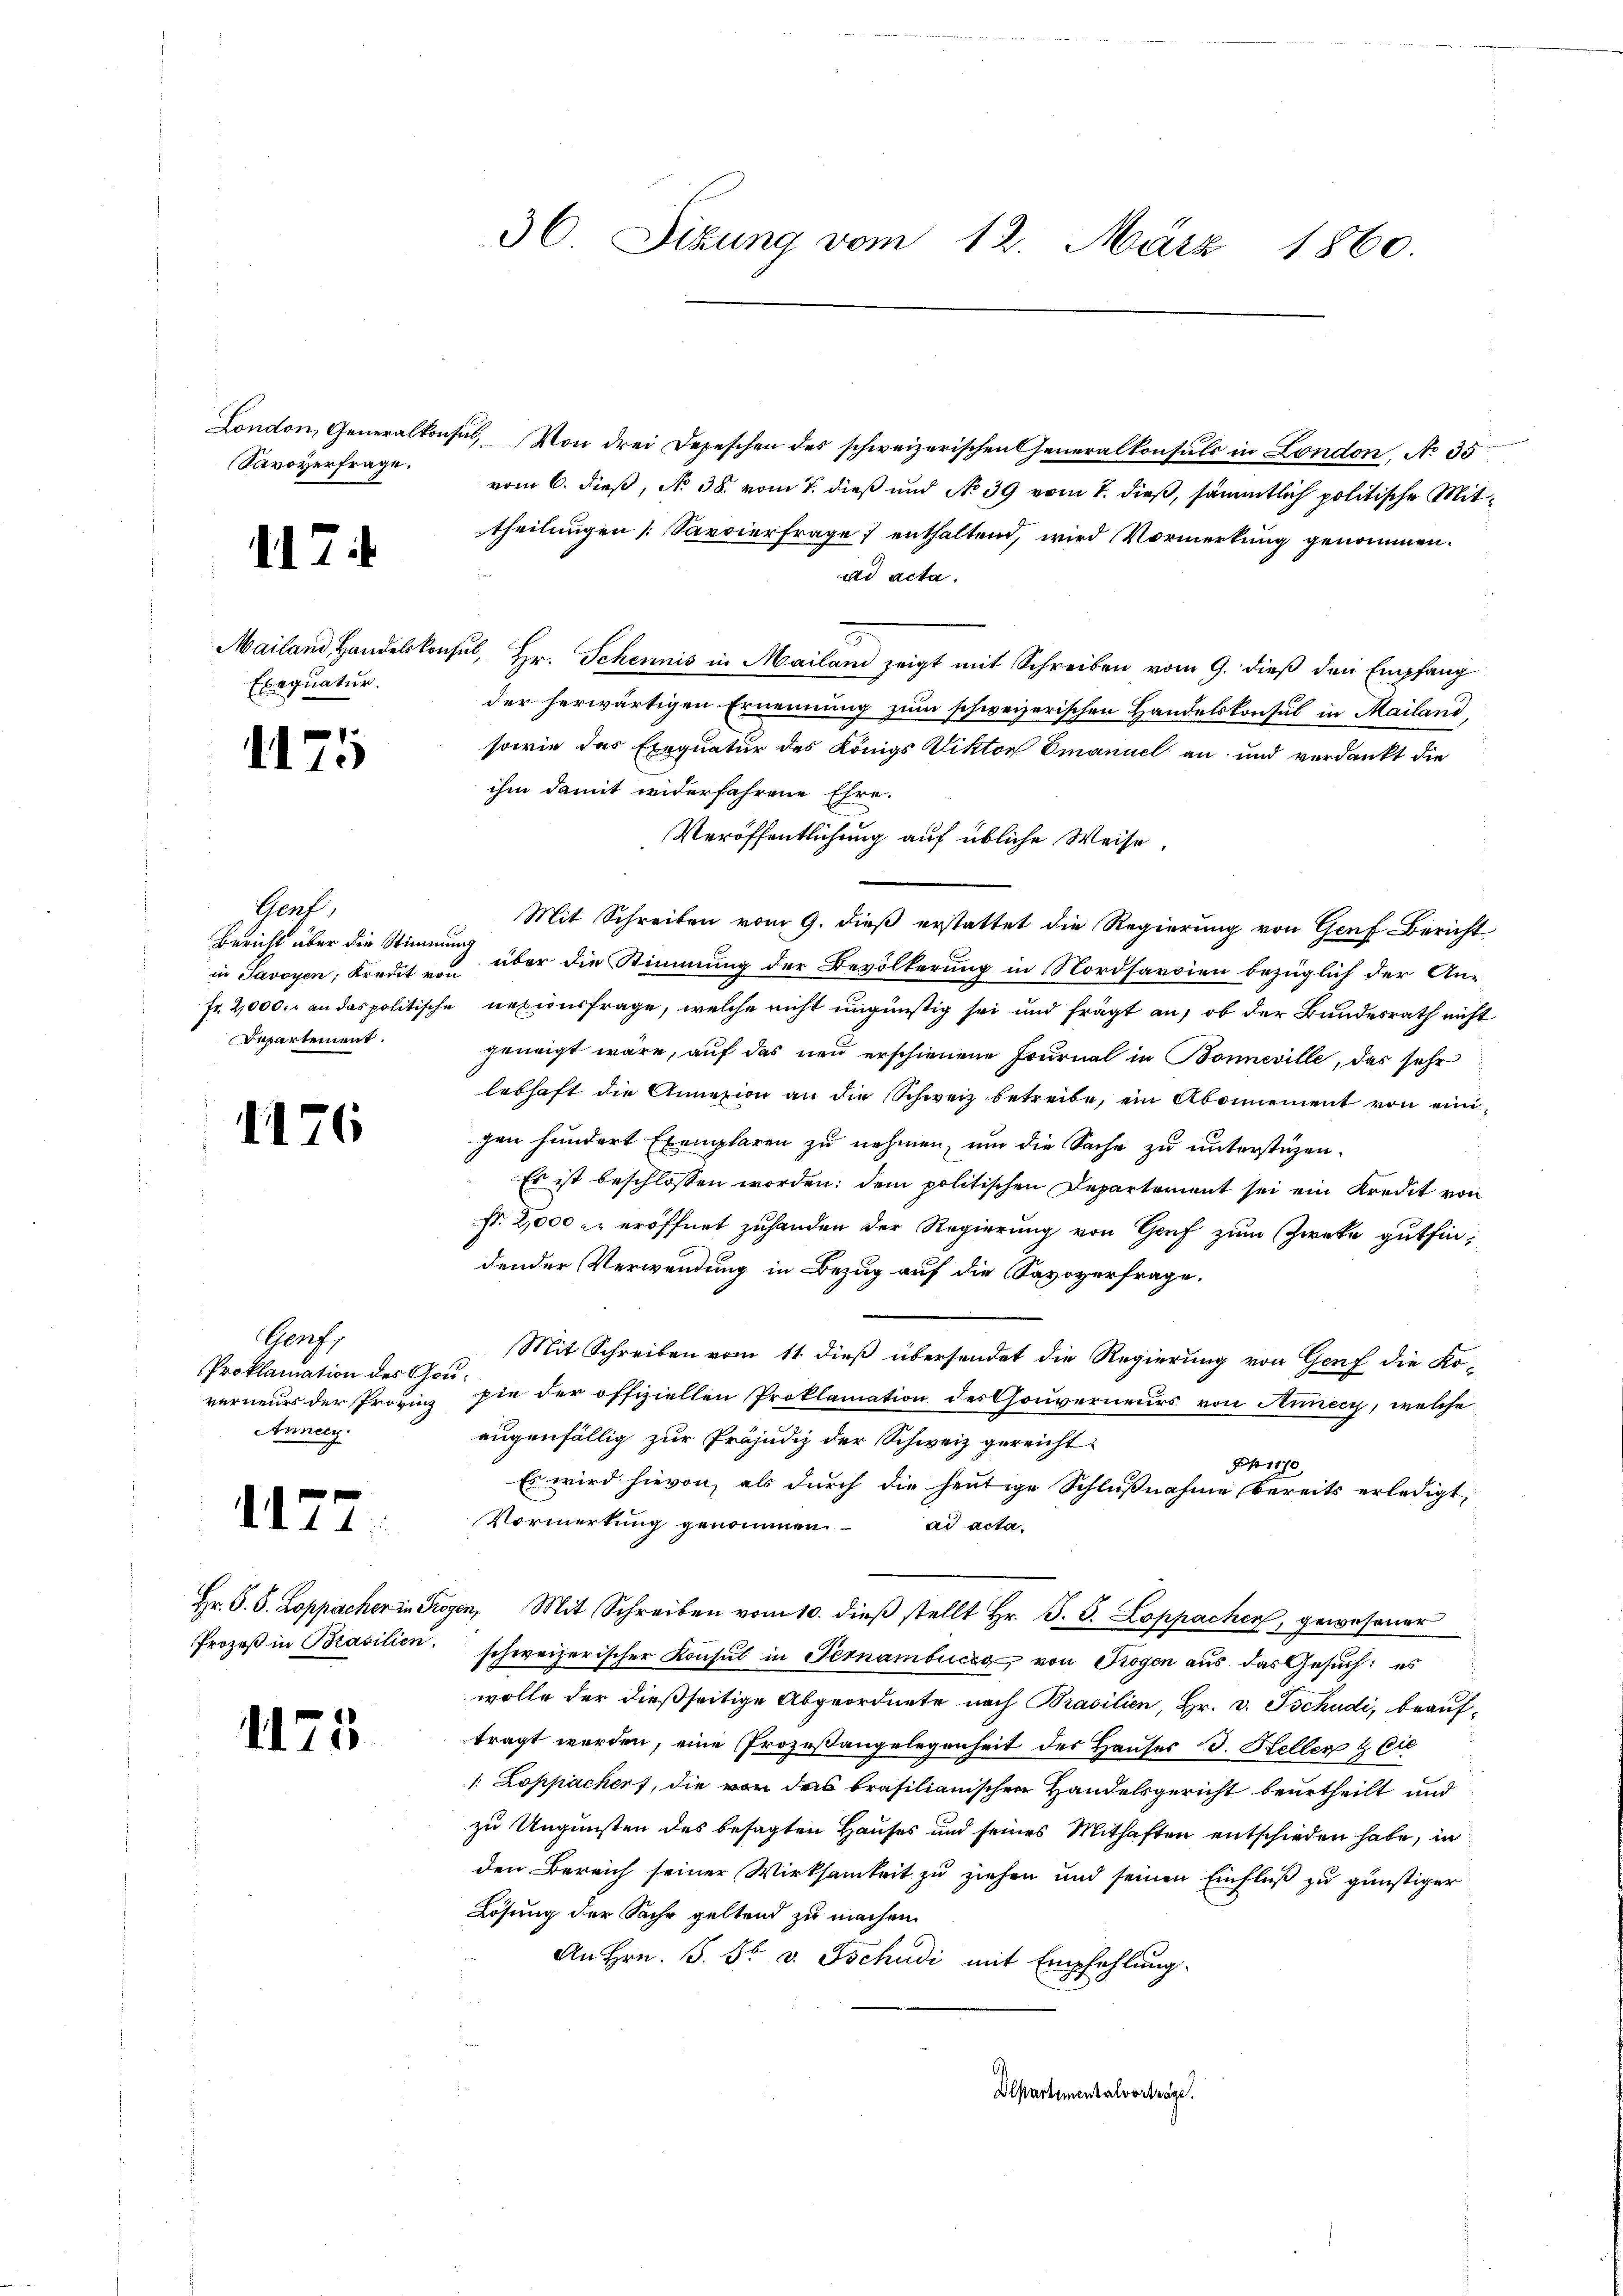
Savoyerfrage.

17

Mailand, Handelskon
Exequatur.

1175

Gerf.
Bericht über die Stimm
in Javoyen Kredit von
Departement.

1176

Genf
Proklamation des Gouverneurs der Provinz
Anney.

1177

Hr. P. J. Koppacher in Fr.
Prozeß in Brasilien.

1175

36 Sizung vom 12. März 1860.

London, Generalkonsul, Von drei Depeschen des schweizerischen Generalkonsuls in London, No 35
vom 6. dieß, No 38. vom 7. dieß und No 39 vom 7. dieß, sämmtlich politische Mittheilungen [Savoierfrage enthaltend, wird Vormerkung genommen.
ad acta.
schul
Hr. Schennis in Mailand zeigt mit Schreiben vom 9. dieß den Empfang
der herwärtigen Ernennung zum schweizerischen Handelskonsul in Mailand
sowie das Exequatur des Königs Viktor Emanuel an und verdankt die
ihm damit widerfahrene Ehre.
Veröffentlichung auf übliche Weise.
Mit Schreiben vom 9. dieß erstattet die Regierung von Genf Bericht
ug über die Stimmung der Bevölkerung in Nordsarsien bezüglich der An-
Fr. 2,000 fr an das politische Reziusfrage, welche nicht ungünstig sei und frägt an, ob der Bundesrath nicht
geneigt wäre, auf das neu erschienene Fournal in Bonneville, das sehr
lebhaft die Annexion an die Schweiz betreibe, ein Abonnement von eini-
gen hundert Exemplaren zu nehmen, um die Sache zu unterstüzen.
Es ist beschlossen worden; dem politischen Departerient sei ein Kredit von
Nr. 2,000 zu eröffnet zuhanden der Regierung von Genf zum Zwecke gutfindender Verwendung in Bezug auf die Savoyerfrage.
Mit Schreiben vom 11. dieß übersendet die Regierung von Genf die Kopie der offiziellen Proklamation des Gouverneurs von Annecy, welche
augenfällig zur Präjudiz der Schweiz gereicht
O 1170.
Es wird hievon, als durch die heutige Schlußnahme bereits erledigt,
Vormerkung genommen. ad acta
ogen Mit Schreiben vom 10. dieβ stellt Hr. J. G. Loppachen, gewesener
schweizerischer Konsul in Fernambucig von Rogen aus das Gesuch: es
wolle der dießseitige Abgeordnete nach Prasilien, Hr. v. Tschudi, beauftragt werden, eine Prozessangelegenheit des Hauses d. Steller & Cie
1 Loppachert, die von das brasilianischen Handelsgericht beurtheilt und
zu Ungunsten des besagten Hauses und seines Mithaften entschieden habe, in
den Bereich seiner Wirksamkeit zu ziehen und seinen Einfluß zu günstiger
Lösung der Sache geltend zu machen.
An Hrn. J. Fr. v. Tschudi mit Empfehlung.
Departementalvorträge.